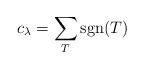
LaTeX: \begin{align*}c_\lambda = \sum_{T}\operatorname{sgn}(T)\end{align*}